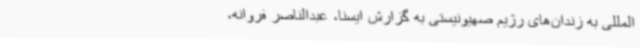
‌المللی به زندان‌های رژیم صهیونیستی به گزارش ایسنا، عبدالناصر فروانه،